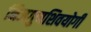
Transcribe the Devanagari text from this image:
निजगुणशिवयोगी